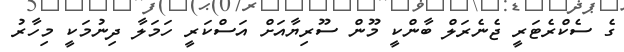
ގެ ސެކްރެޓަރީ ޖެނެރަލް ބާންކީ މޫން ސޫރިޔާއަށް އަސްކަރީ ހަމަލާ ދިނުމަކީ މިހާރު